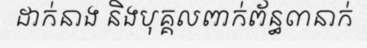
ដាក់នាង និងបុគ្គលពាក់ព័ន្ធ៣នាក់